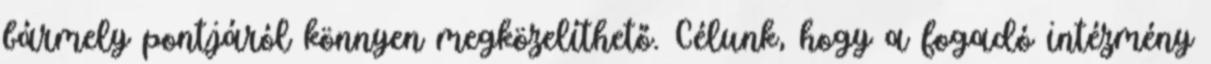
bármely pontjáról könnyen megközelíthető. Célunk, hogy a fogadó intézmény